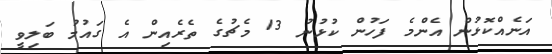
އަނެއްކޮޅުން އެންމެ ފަހުން ކުޅުނު 13 މެޗުގެ ތެރެއިން އެ ގައުމު ބަލިވީ